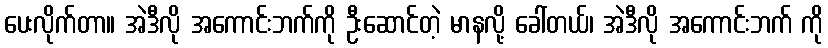
ပေးလိုက်တာ။ အဲဒီလို အကောင်းဘက်ကို ဦးဆောင်တဲ့ မာနလို့ ခေါ်တယ်၊ အဲဒီလို အကောင်းဘက် ကို